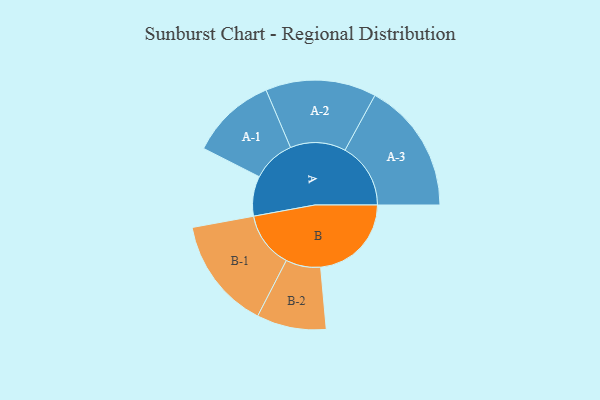
{"axis": {"x": "Segment", "y": "Value"}, "legend": ["", "A", "B"], "data": [{"x": "A", "y": 124, "type": ""}, {"x": "B", "y": 282, "type": ""}, {"x": "A-1", "y": 133, "type": "A"}, {"x": "A-2", "y": 172, "type": "A"}, {"x": "A-3", "y": 204, "type": "A"}, {"x": "B-1", "y": 174, "type": "B"}, {"x": "B-2", "y": 108, "type": "B"}]}